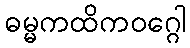
ဓမ္မကထိကဝဂ္ဂေါ